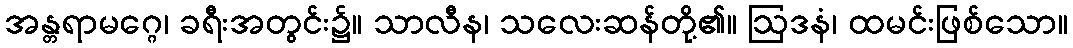
အန္တရာမဂ္ဂေ၊ ခရီးအတွင်း၌။ သာလီန၊ သလေးဆန်တို့၏။ ဩဒနံ၊ ထမင်းဖြစ်သော။